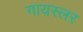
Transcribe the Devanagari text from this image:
गायस्लर